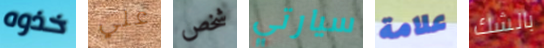
خذوه علي شخص سيارتي علامة بالشك